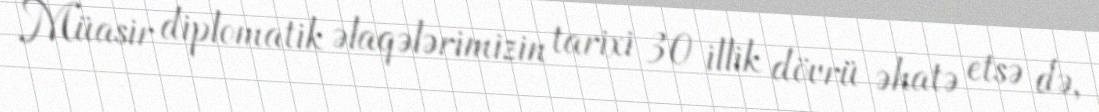
Müasir diplomatik əlaqələrimizin tarixi 30 illik dövrü əhatə etsə də,